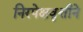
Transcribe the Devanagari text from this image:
निरपेक्षवृत्तीने